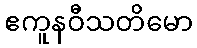
ဧကူနဝီသတိမော